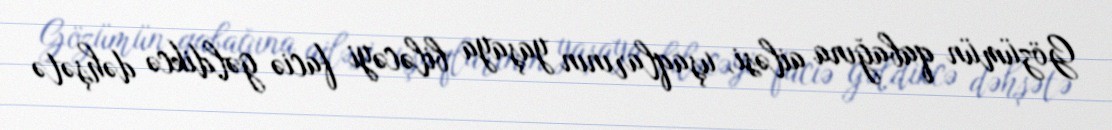
Gözümün qabağına ailəsi, uşaqlarının yaşaya biləcəyi faciə gəldikcə dəhşətə